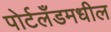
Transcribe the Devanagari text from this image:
पोर्टलँडमधील